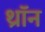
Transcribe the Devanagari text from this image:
थ्रॉन